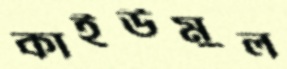
কাইউমুল